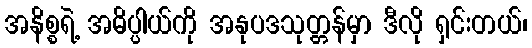
အနိစ္စရဲ့ အဓိပ္ပါယ်ကို အနုပဒသုတ္တန်မှာ ဒီလို ရှင်းတယ်၊